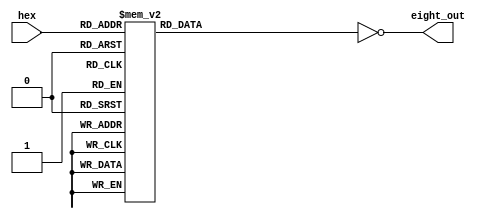
module hex_to_seven (hex, eight_out);

input [3:0] hex;
output [7:0] eight_out;
reg [6:0] seven;


always @(hex)
begin
	case (hex)
		0 : seven = 7'b0111111;
		1 : seven = 7'b0000110;
		2 : seven = 7'b1011011;
		3 : seven = 7'b1001111;
		4 : seven = 7'b1100110;
		5 : seven = 7'b1101101;
		6 : seven = 7'b1111101;
		7 : seven = 7'b0000111;
		8 : seven = 7'b1111111;
		9 : seven = 7'b1101111;
		10 : seven = 7'b1110111;
		11 : seven = 7'b1111100;
		12 : seven = 7'b0111001;
		13 : seven = 7'b1011110;
		14 : seven = 7'b1111001;
		15 : seven = 7'b1110001;
		default : seven = 7'b0000000;
	endcase
end

// Note : Upper-most bit (8th bit) of seven segment display is the period "." and is just being set to 0 (off) in all cases
//    Assigning eight_out as inverted value, since 7-segment display on the FPGA board has inverted logic drivers
assign eight_out = ~{1'b0, seven};

endmodule